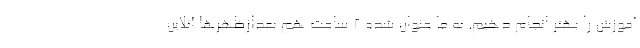
آموزش را بهتر انجام دهیم. به ما عنوان شده ۲ ساعت هم بعدازظهرها آنلاین